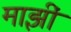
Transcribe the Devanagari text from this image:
माझीं